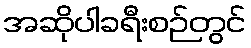
အဆိုပါခရီးစဉ်တွင်